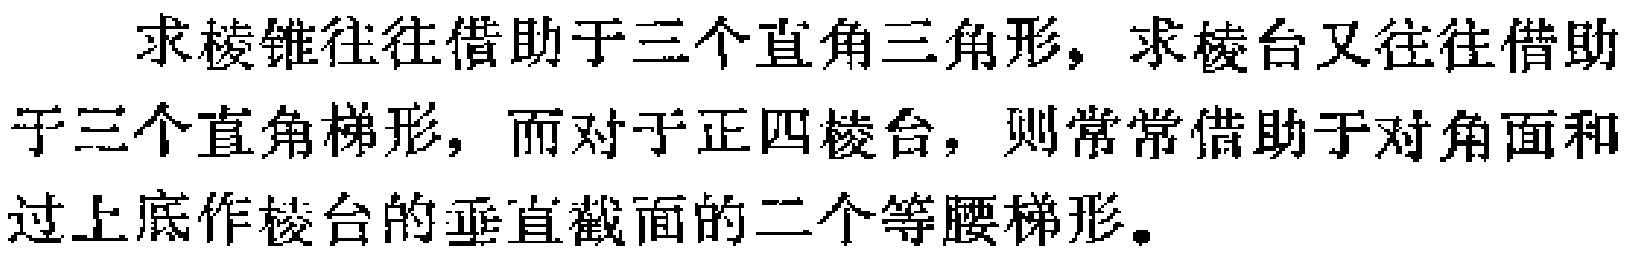
求棱锥往往借助于三个直角三角形，求棱台又往往借助于三个直角梯形，而对于正四棱台，则常常借助于对角面和过上底作棱台的垂直截面的二个等腰梯形。